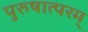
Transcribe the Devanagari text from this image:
पुरुषात्परम्